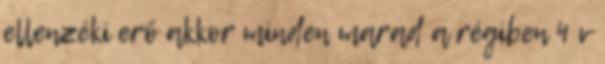
ellenzéki erő akkor minden marad a régiben 4 v